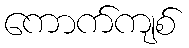
ကောက်ကျစ်